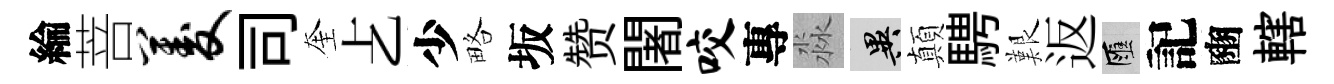
綸菩菱司奎𠧒少略坂赞闍咬專淼异顛騁艱返匯記豳轄